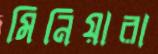
মিনিয়ারা